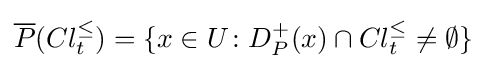
{\overline {P}}(Cl_{t}^{\leq })=\{x\in U\colon D_{P}^{+}(x)\cap Cl_{t}^{\leq }\neq \emptyset \}